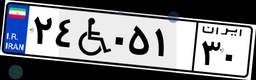
۶۵W۷۷۵۳۴